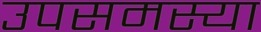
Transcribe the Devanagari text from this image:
उपसमस्या